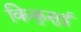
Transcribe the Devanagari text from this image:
किकुसुई